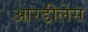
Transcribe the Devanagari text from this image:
आरडीलेस